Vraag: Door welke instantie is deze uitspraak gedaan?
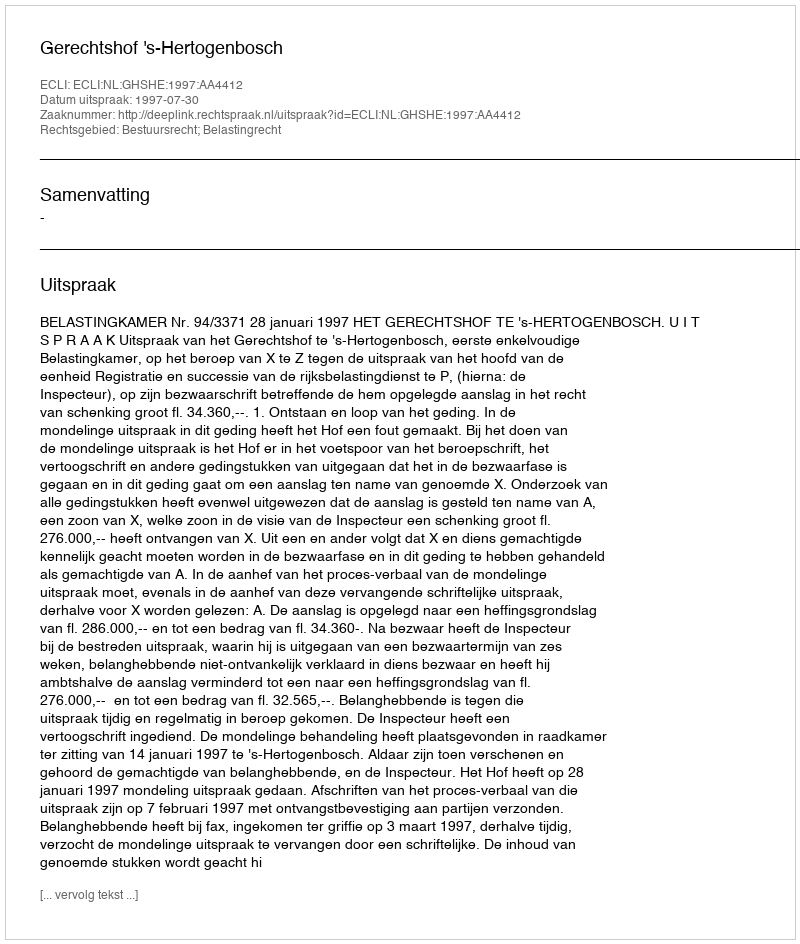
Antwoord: Gerechtshof 's-Hertogenbosch